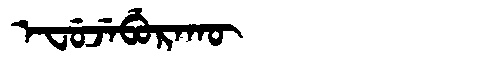
Manchu: ᡝᠸᡠᠵᡝᠪᡠᡵᠠᡴᡡ
Romanization: EFUJEBURAKŪ